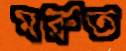
মরুত